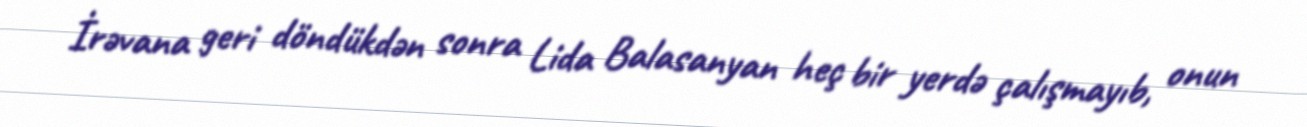
İrəvana geri döndükdən sonra Lida Balasanyan heç bir yerdə çalışmayıb, onun